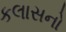
કલાસનો